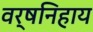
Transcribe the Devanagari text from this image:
वर्षनिहाय